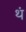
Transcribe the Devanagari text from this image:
थं